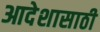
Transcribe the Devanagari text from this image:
आदेशासाठी